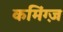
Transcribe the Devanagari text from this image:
कमिंग्ज़